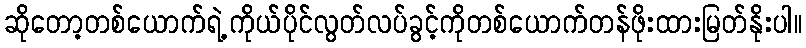
ဆိုတော့တစ်ယောက်ရဲ့ကိုယ်ပိုင်လွတ်လပ်ခွင့်ကိုတစ်ယောက်တန်ဖိုးထားမြတ်နိုးပါ။